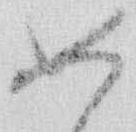
如